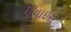
ડીવાઇસ